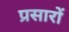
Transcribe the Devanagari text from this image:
प्रसारों